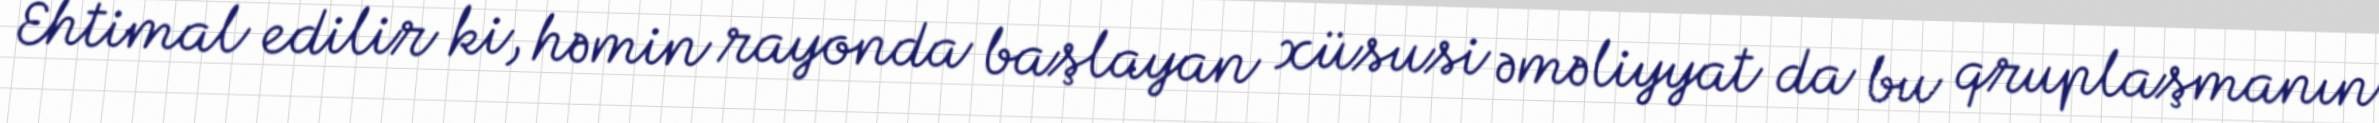
Ehtimal edilir ki, həmin rayonda başlayan xüsusi əməliyyat da bu qruplaşmanın